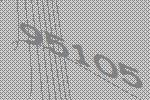
95105